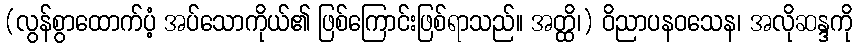
(လွန်စွာထောက်ပံ့ အပ်သောကိုယ်၏ ဖြစ်ကြောင်းဖြစ်ရာသည်။ အတ္ထိ၊) ဝိညာပနဝသေန၊ အလိုဆန္ဒကို